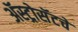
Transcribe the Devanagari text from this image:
ॲस्ट्रोसॅटचे